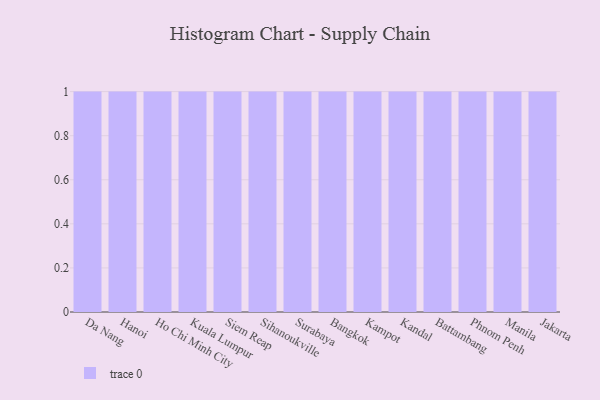
{"axis": {"x": "City", "y": "Shipments"}, "legend": [""], "data": [{"x": "Da Nang", "y": 46, "type": ""}, {"x": "Hanoi", "y": 50, "type": ""}, {"x": "Ho Chi Minh City", "y": 51, "type": ""}, {"x": "Kuala Lumpur", "y": 94, "type": ""}, {"x": "Siem Reap", "y": 68, "type": ""}, {"x": "Sihanoukville", "y": 18, "type": ""}, {"x": "Surabaya", "y": 49, "type": ""}, {"x": "Bangkok", "y": 58, "type": ""}, {"x": "Kampot", "y": 39, "type": ""}, {"x": "Kandal", "y": 48, "type": ""}, {"x": "Battambang", "y": 71, "type": ""}, {"x": "Phnom Penh", "y": 90, "type": ""}, {"x": "Manila", "y": 82, "type": ""}, {"x": "Jakarta", "y": 81, "type": ""}]}